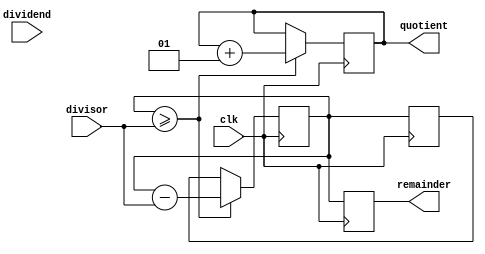
module divider(
    input wire clk,
    input wire signed [31:0] dividend,
    input wire signed [31:0] divisor,
    output reg signed [31:0] quotient,
    output reg signed [31:0] remainder
);

reg signed [31:0] temp_dividend;
reg signed [31:0] temp_remainder;

always @(posedge clk) begin
    temp_dividend <= temp_remainder;
    temp_remainder <= temp_dividend;
    
    if(temp_dividend >= divisor) begin
        temp_dividend <= temp_dividend - divisor;
        quotient <= quotient + 1;
    end
    
    remainder <= temp_dividend;
end

endmodule